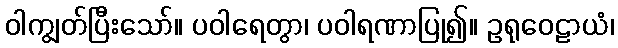
ဝါကျွတ်ပြီးသော်။ ပဝါရေတွာ၊ ပဝါရဏာပြု၍။ ဥရုဝေဠာယံ၊